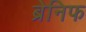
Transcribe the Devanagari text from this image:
ब्रेनिफ